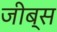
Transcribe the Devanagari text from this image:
जीब्स